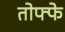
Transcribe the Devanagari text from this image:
तोफ्फे